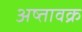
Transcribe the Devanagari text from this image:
अष्तावक्र